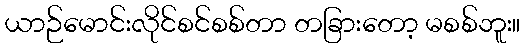
ယာဉ်မောင်းလိုင်စင်စစ်တာ တခြားတော့ မစစ်ဘူး။